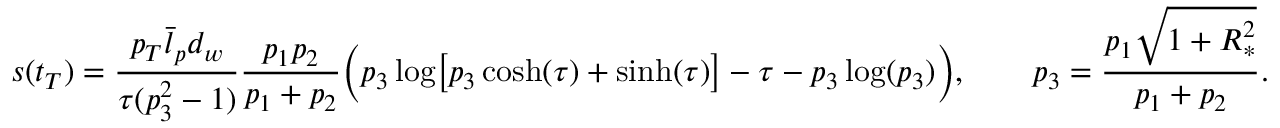
s ( t _ { T } ) = \frac { p _ { T } \bar { l } _ { p } d _ { w } } { \tau ( p _ { 3 } ^ { 2 } - 1 ) } \frac { p _ { 1 } p _ { 2 } } { p _ { 1 } + p _ { 2 } } \Bigl ( p _ { 3 } \log \bigl [ p _ { 3 } \cosh ( \tau ) + \sinh ( \tau ) \bigr ] - \tau - p _ { 3 } \log ( p _ { 3 } ) \Bigr ) , \qquad p _ { 3 } = \frac { p _ { 1 } \sqrt { 1 + R _ { * } ^ { 2 } } } { p _ { 1 } + p _ { 2 } } .